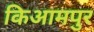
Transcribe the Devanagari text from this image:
किआमपुर